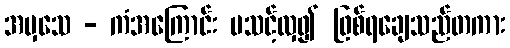
အမှသေ - ကံအကြောင်း မသင့်လှ၍ ဖြစ်ရချေသည်တကား